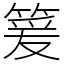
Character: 䈠